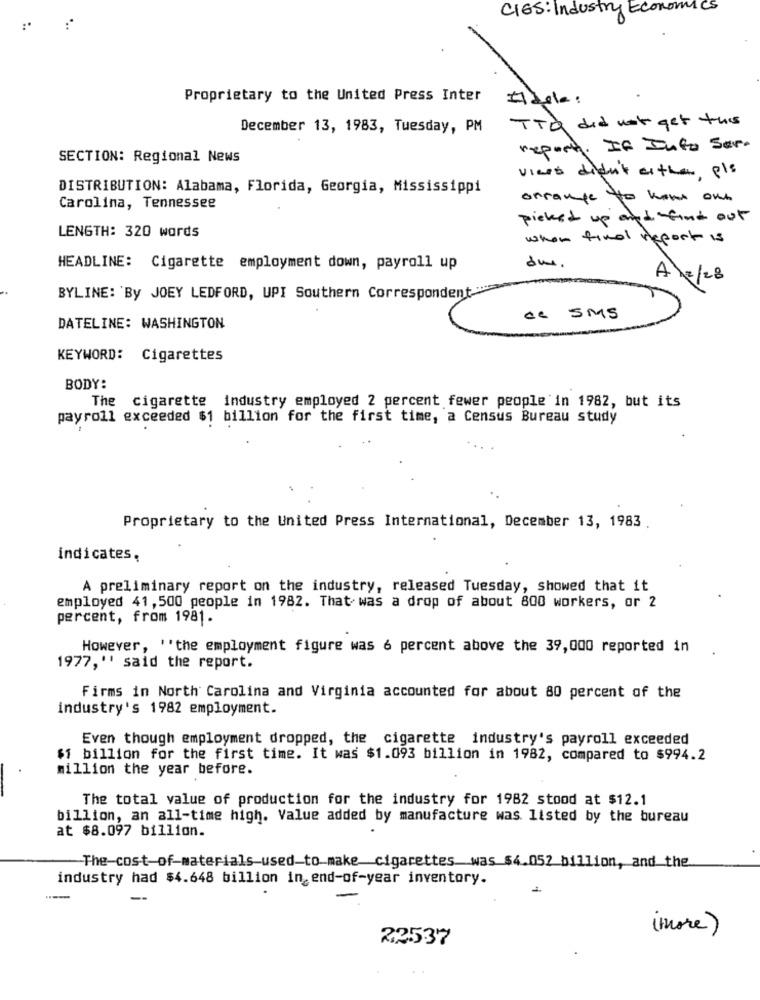
CIES: Industry Economics
Proprietary to the United Press Inter
Ildela:
December 13, 1983, Tuesday, PM
TTA did not get this
report. If Into Ser.
SECTION: Regional News
viers didn't either, pls
DISTRIBUTION: Alabama, Florida, Georgia, Mississippi
orrange to how out
Carolina, Tennessee
picked up and find out
LENGTH: 320 words
when final report is
due.
HEADLINE: Cigarette employment down, payroll up
A/2/28
BYLINE: 'By JOEY LEDFORD, UPI Southern Correspondent
de SMS
DATELINE: WASHINGTON
KEYWORD: Cigarettes
BODY:
The cigarette industry employed 2 percent fewer people in 1982, but its
payroll exceeded $1 billion for the first time, a Census Bureau study
Proprietary to the United Press International, December 13, 1983
indicates,
A preliminary report on the industry, released Tuesday, showed that it
employed 41, 500 people in 1982. That was a drop of about 800 workers, or 2
percent, from 1981.
However, "the employment figure was 6 percent above the 39,000 reported in
1977, " said the report.
Firms in North Carolina and Virginia accounted for about 80 percent of the
industry's 1982 employment.
Even though employment dropped, the cigarette industry's payroll exceeded
$1 billion for the first time. It was $1.093 billion in 1982, compared to $994.2
million the year before.
The total value of production for the industry for 1982 stood at $12.1
billion, an all-time high. Value added by manufacture was listed by the bureau
at $8.097 billion.
-The-cost-of-materials used-to-make_cigarettes was $4.052 billion, and the
industry had $4.648 billion in_end-of-year inventory.
( more)
22537